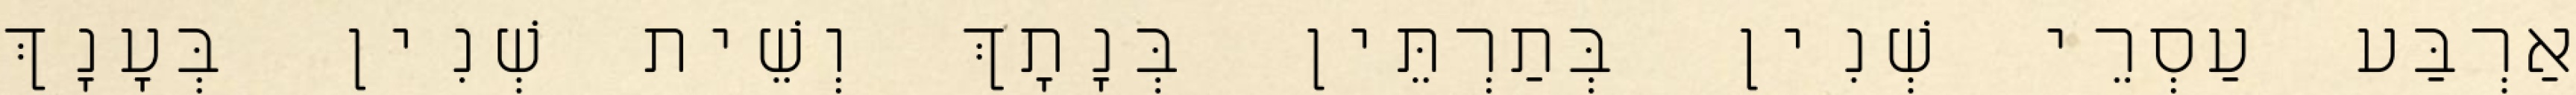
אַרְבַּע עַסְרֵי שְׁנִין בְּתַרְתֵּין בְּנָתָךְ וְשֵׁית שְׁנִין בְּעָנָךְ